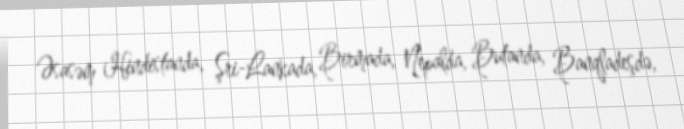
Əsasəm Hindistanda, Şri-Lankada, Birmada, Nepalda, Butanda, Banqladeşdə,